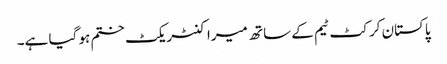
پاکستان کرکٹ ٹیم کے ساتھ میرا کنٹریکٹ ختم ہو گیا ہے۔